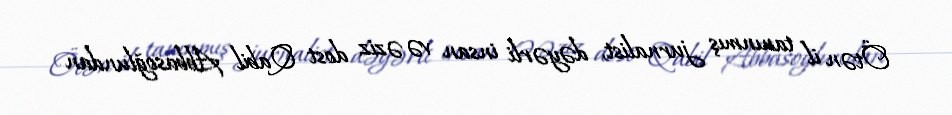
Ötən il tanınmış jurnalist, dəyərli insan və əziz dost Qabil Abbasoğlundan